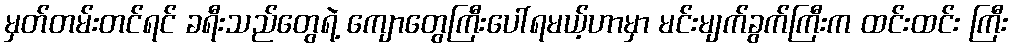
မှတ်တမ်းတင်ရင် ခရီးသည်တွေရဲ့ ကျောတွေကြီးပေါ်ရမယ့်ဟာမှာ မင်းမျက်ခွက်ကြီးက ထင်းထင်း ကြီး